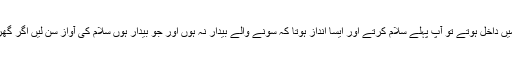
آپ صلی اللہ علیہ وسلم کا معمول مبارک تھا کہ گھر میں داخل ہوتے تو آپ پہلے سلام کرتے اور ایسا انداز ہوتا کہ سونے والے بیدار نہ ہوں اور جو بیدار ہوں سلام کی آواز سن لیں اگر گھر میں کوئی چھوٹا موٹا کام ہوتا تو خود انجام دے لیتے۔